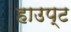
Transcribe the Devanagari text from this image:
हाउप्ट